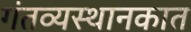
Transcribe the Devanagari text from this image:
गंतव्यस्थानकात